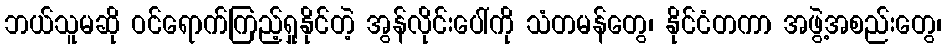
ဘယ်သူမဆို ဝင်ရောက်ကြည့်ရှုနိုင်တဲ့ အွန်လိုင်းပေါ်ကို သံတမန်တွေ၊ နိုင်ငံတကာ အဖွဲ့အစည်းတွေ၊